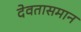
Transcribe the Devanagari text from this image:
देवतासमान